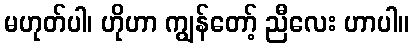
မဟုတ်ပါ၊ ဟိုဟာ ကျွန်တော့် ညီလေး ဟာပါ။